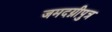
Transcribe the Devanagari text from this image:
जमदग्नीपुत्र